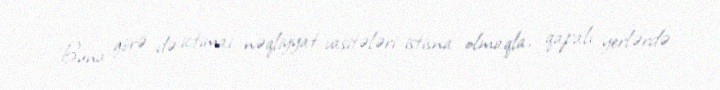
Buna görə də ictimai nəqliyyat vasitələri istisna olmaqla, qapalı yerlərdə